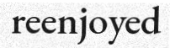
reenjoyed